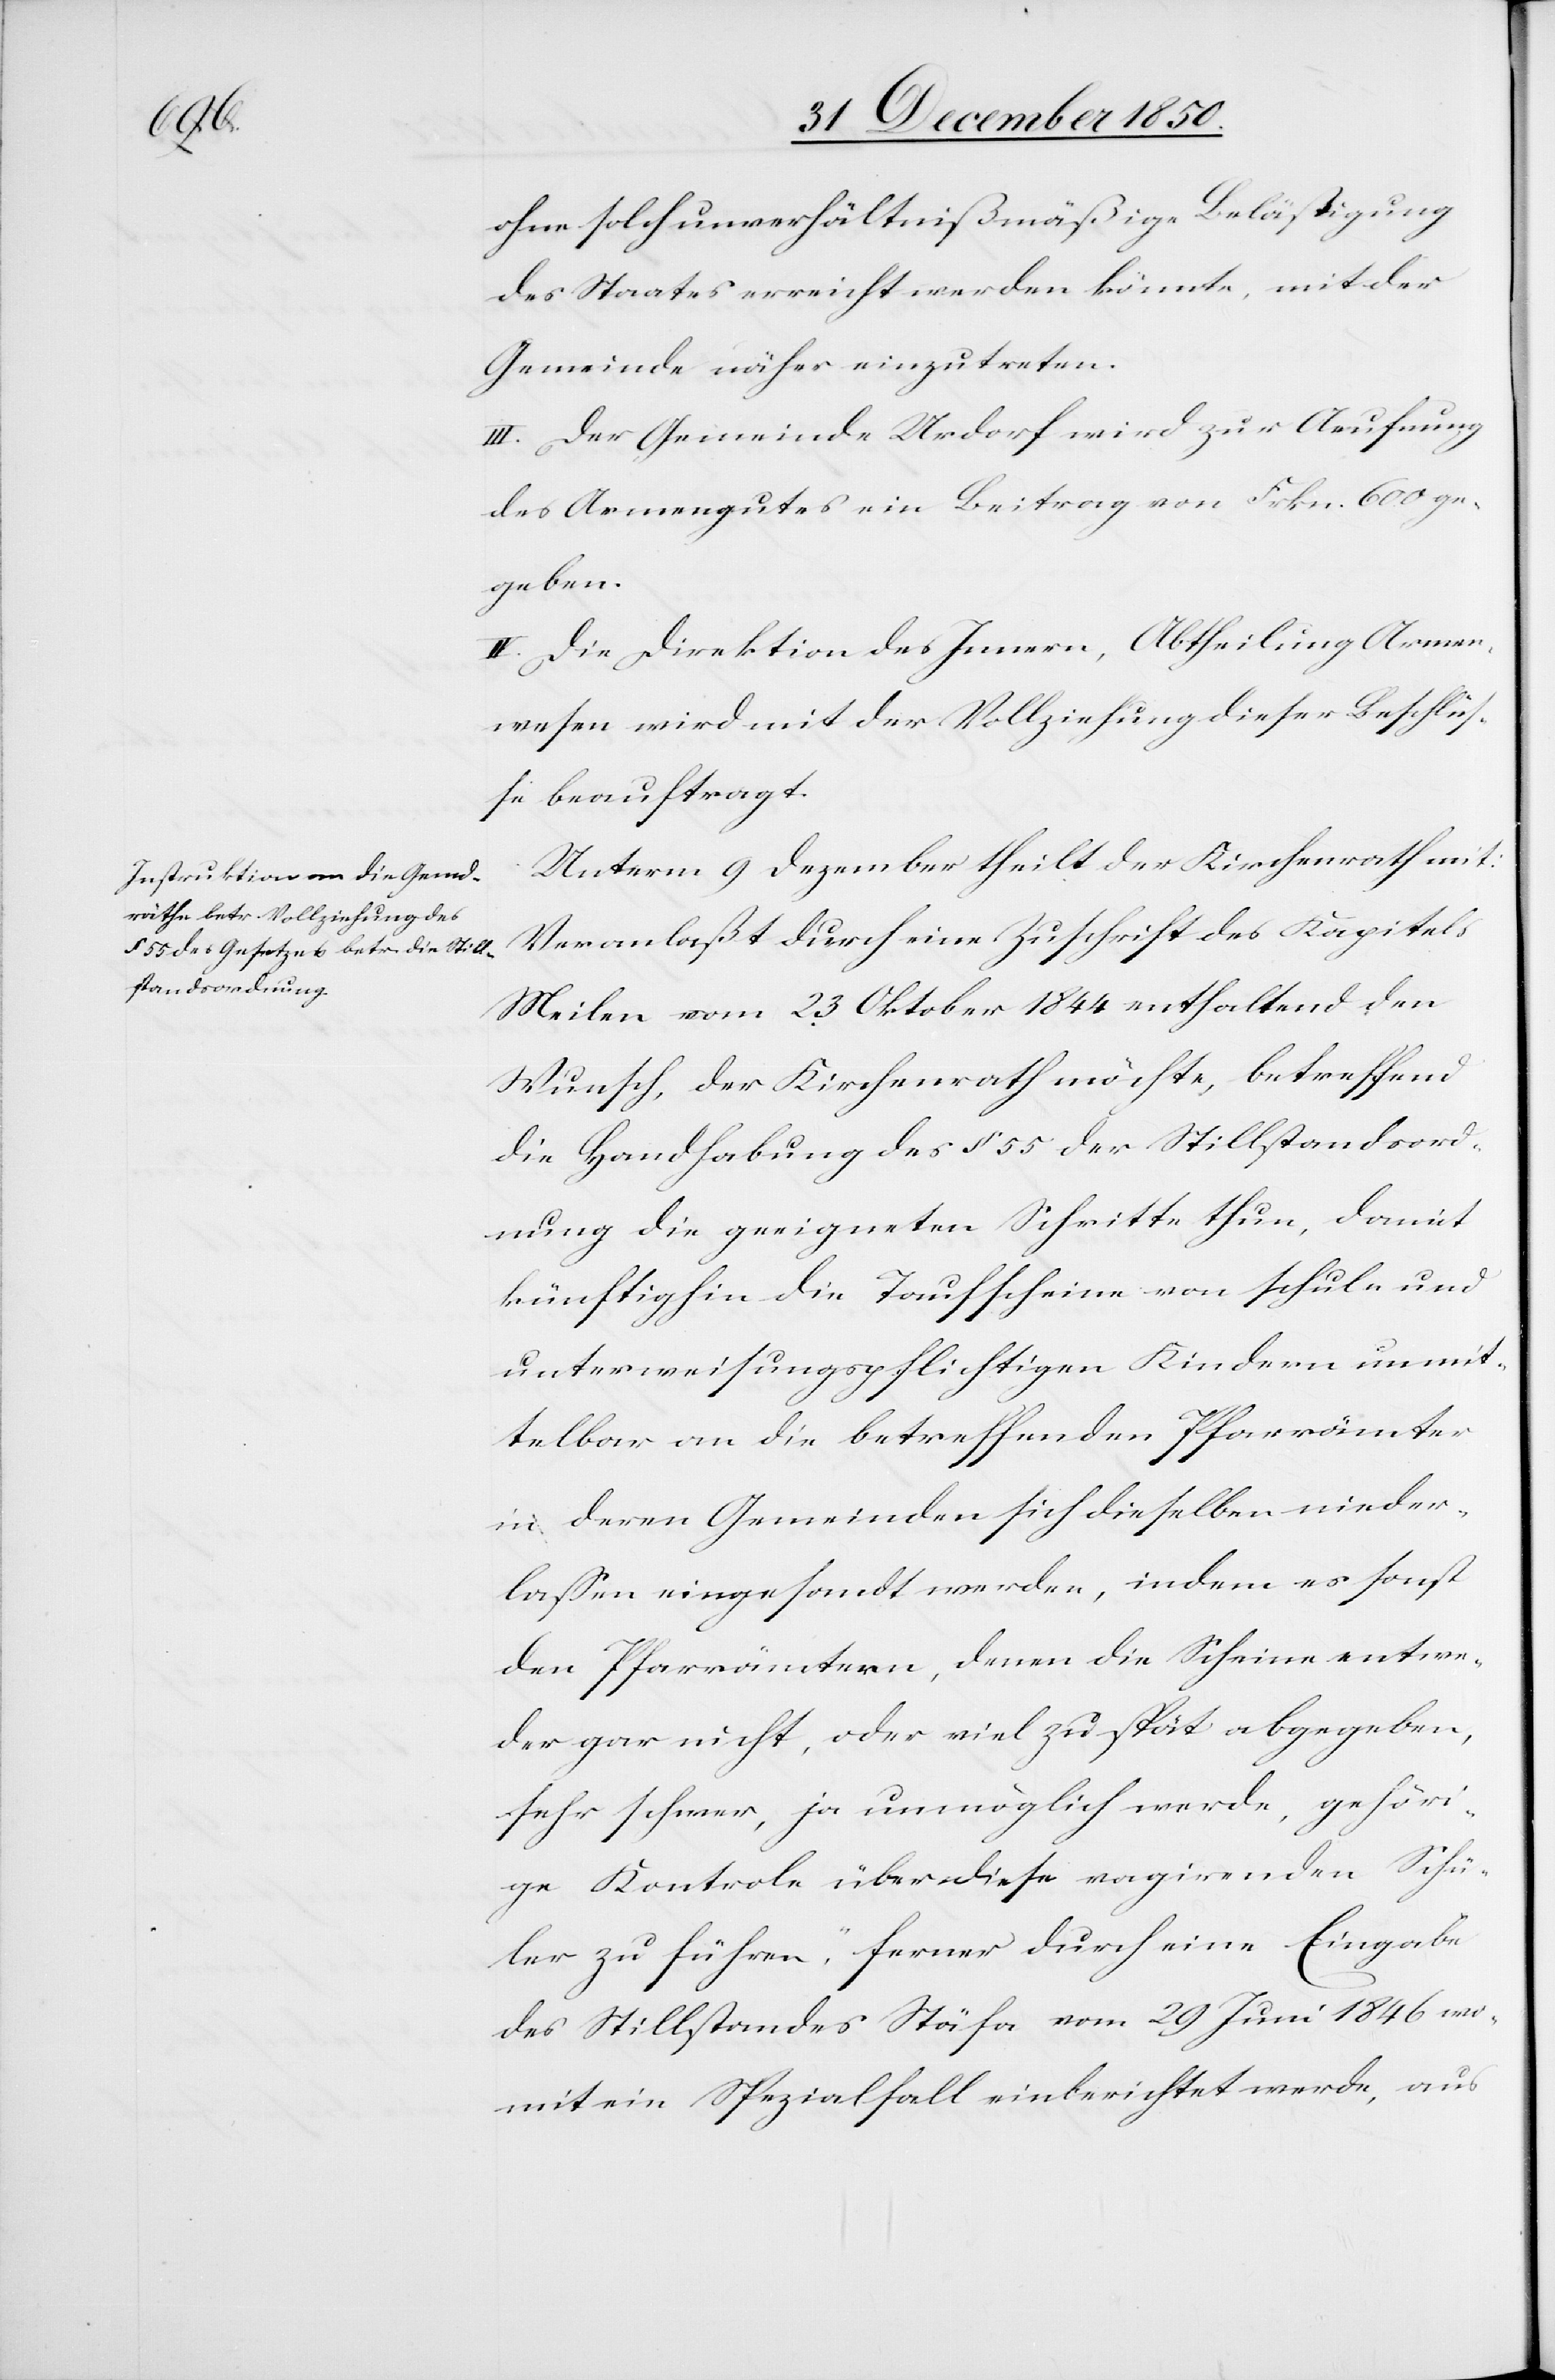
ohne solch unverhältnißmäßige Belästigung
des Staates erreicht werden könnte, mit der
Gemeinde näher einzutreten.
III. Der Gemeinde Urdorf wird zur Aeufnung
des Armengutes ein Beitrag von Frkn. 600 ge¬
geben.
IV. Die Direktion des Innern, Abtheilung Armen¬
wesen wird mit der Vollziehung dieser Beschlüs¬
se beauftragt.
Unterm 9 Dezember theilt der Kirchenrath mit:
Veranlaßt durch eine Zuschrift des Kapitels
Meilen vom 23 Oktober 1844 enthaltend den
Wunsch, der Kirchenrath möchte, betreffend
die Handhabung des § 55 der Stillstandsord¬
nung die geeigneten Schritte thun, damit
künftighin die Taufscheine von schul- und
unterweisungspflichtigen Kindern unmit¬
telbar an die betreffenden Pfarrämter
in deren Gemeinden sich dieselben nieder¬
lassen eingesandt werden, indem es sonst
den Pfarrämtern, denen die Scheine entwe¬
der gar nicht, oder viel zu spät abgegeben,
sehr schwer, ja unmöglich werde, gehöri¬
ge Kontrole über diese vagirenden Schü¬
ler zu führen, ferner durch eine Eingabe
des Stillstandes Stäfa vom 29 Juni 1846 wo¬
mit ein Spezialfall einberichtet werde, aus